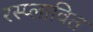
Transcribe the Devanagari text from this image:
रस्प्लावित